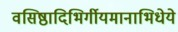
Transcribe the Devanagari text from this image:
वसिष्ठादिभिर्गीयमानाभिधेये